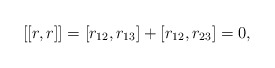
\begin{align*}[[r,r]]=[r_{12},r_{13}]+[r_{12},r_{23}]=0,\end{align*}